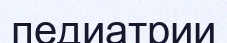
педиатрии